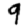
Digit: 9